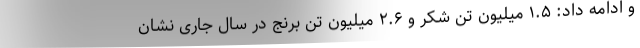
و ادامه داد: ۱.۵ میلیون تن شکر و ۲.۶ میلیون تن برنج در سال جاری نشان